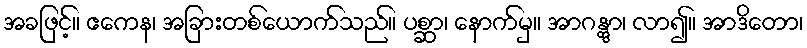
အခဖြင့်။ ဧကေန၊ အခြားတစ်ယောက်သည်။ ပစ္ဆာ၊ နောက်မှ။ အာဂန္တွာ၊ လာ၍။ အာဒိတော၊